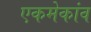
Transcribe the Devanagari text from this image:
एकमेकांव